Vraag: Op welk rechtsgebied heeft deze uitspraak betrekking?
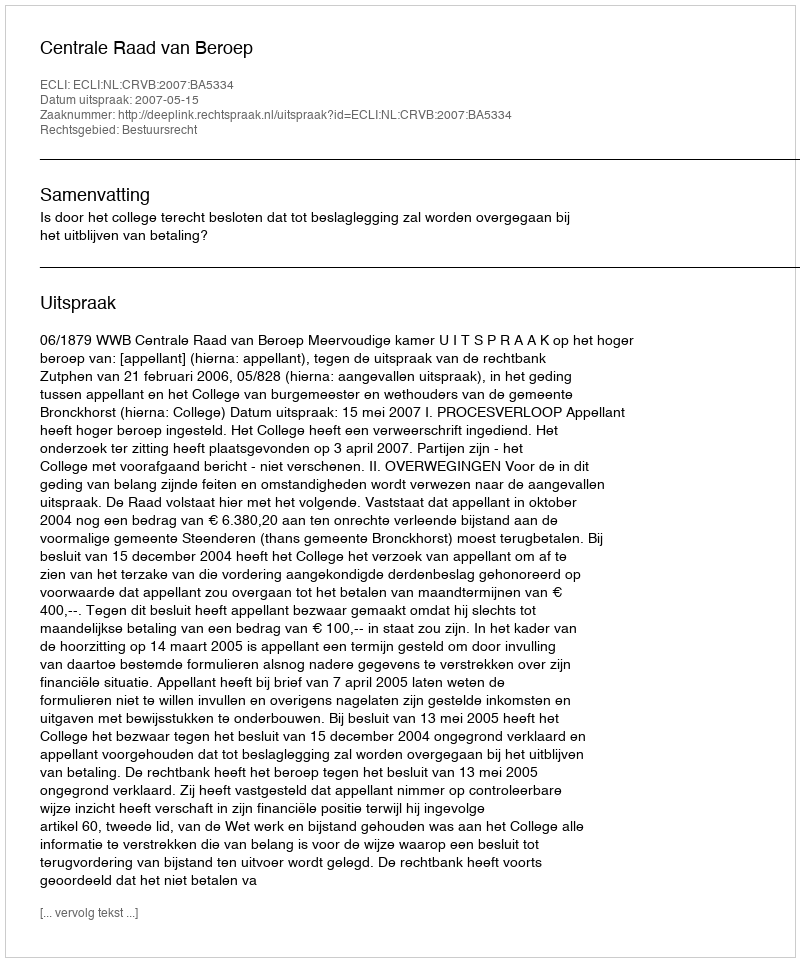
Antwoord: Bestuursrecht